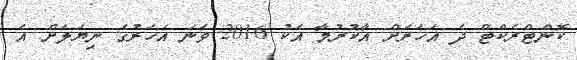
ކޮންޓްރެކްޓް ދެ އަހަރަށް އާކުރުމާ އެކު 2016 ވަނަ އަހަރުގެ ނިޔަލަށް އެ